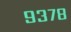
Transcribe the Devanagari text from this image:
९३७८